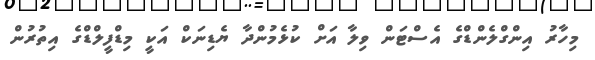
މިހާރު އިންގްލެންޑްގެ އެސްޓަން ވިލާ އަށް ކުޅެމުންދާ ޔެޑިނަކް އަކީ މިޑްފީލްޑްގެ އިތުރުން